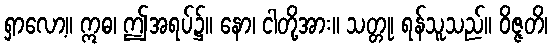
ရှာလော့။ ဣဓ၊ ဤအရပ်၌။ နော၊ ငါတို့အား။ သတ္တု၊ ရန်သူသည်။ ဝိဇ္ဇတိ၊